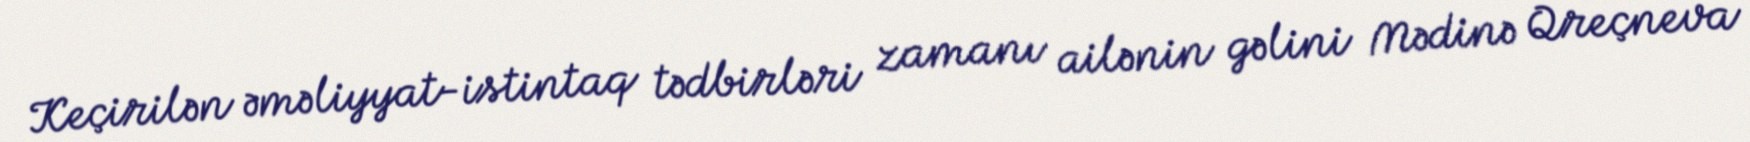
Keçirilən əməliyyat-istintaq tədbirləri zamanı ailənin gəlini Mədinə Qreçneva